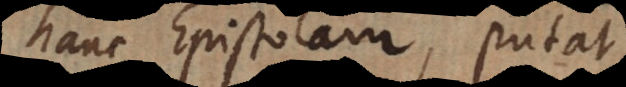
hanc Epistolam, putat